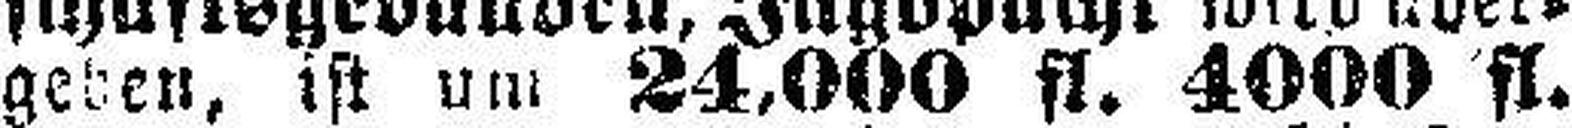
geben, ist um 24,000 fl. 4000 fl.